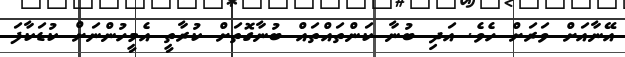
އޭނާއަށް ވަރަށް ހެވެ. އަދި ބުނާ ކަންތައްތައް ބުނާގޮތަށް ކުރާތީ އެމީހުންނަށް ކުޑަކާފަ